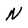
Character: N